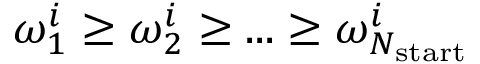
\omega _ { 1 } ^ { i } \geq \omega _ { 2 } ^ { i } \geq . . . \geq \omega _ { N _ { \mathrm { s t a r t } } } ^ { i }